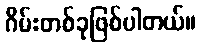
ဂိမ်းတစ်ခုဖြစ်ပါတယ်။